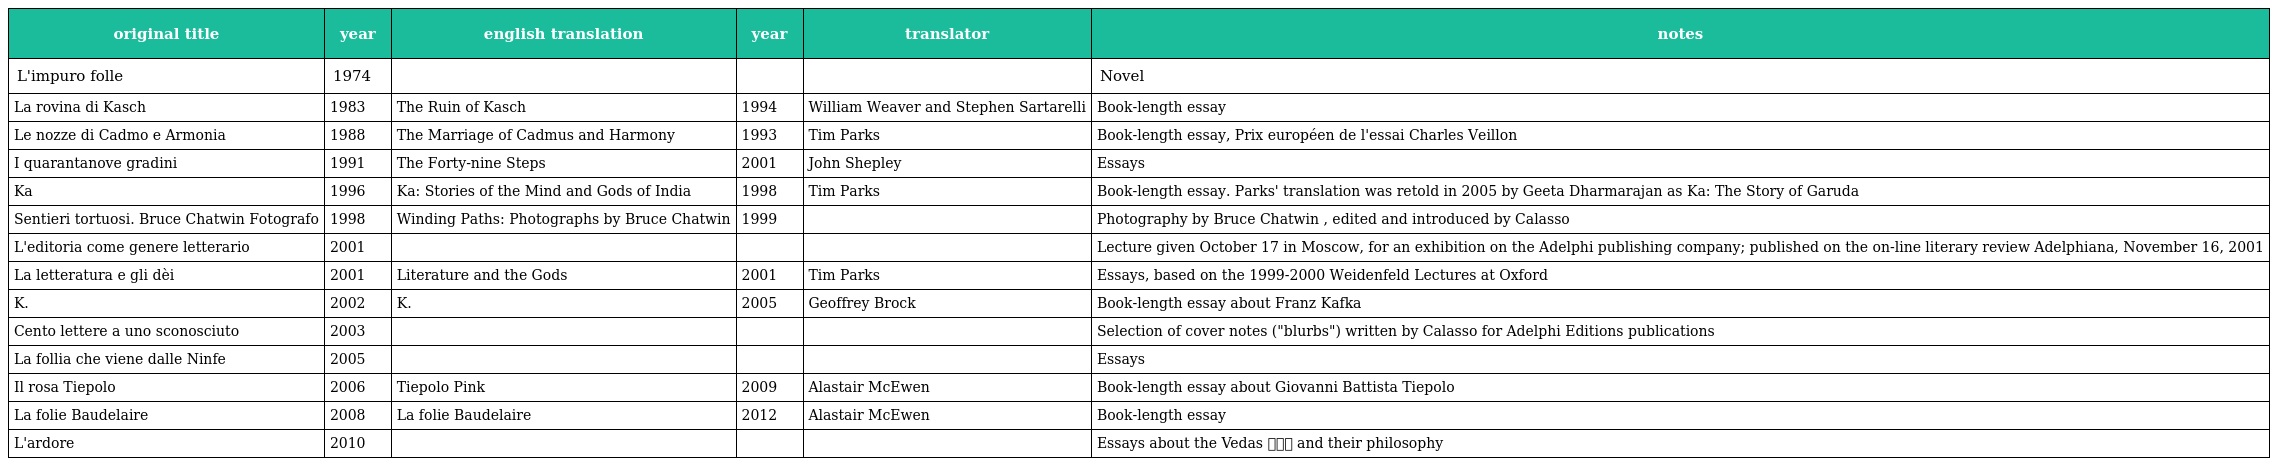
| original title | year | english translation | year | translator | notes |
 | --- | --- | --- | --- | --- | --- |
 | L'impuro folle | 1974 |  |  |  | Novel |
 | La rovina di Kasch | 1983 | The Ruin of Kasch | 1994 | William Weaver and Stephen Sartarelli | Book-length essay |
 | Le nozze di Cadmo e Armonia | 1988 | The Marriage of Cadmus and Harmony | 1993 | Tim Parks | Book-length essay, Prix européen de l'essai Charles Veillon |
 | I quarantanove gradini | 1991 | The Forty-nine Steps | 2001 | John Shepley | Essays |
 | Ka | 1996 | Ka: Stories of the Mind and Gods of India | 1998 | Tim Parks | Book-length essay. Parks' translation was retold in 2005 by Geeta Dharmarajan as Ka: The Story of Garuda |
 | Sentieri tortuosi. Bruce Chatwin Fotografo | 1998 | Winding Paths: Photographs by Bruce Chatwin | 1999 |  | Photography by Bruce Chatwin , edited and introduced by Calasso |
 | L'editoria come genere letterario | 2001 |  |  |  | Lecture given October 17 in Moscow, for an exhibition on the Adelphi publishing company; published on the on-line literary review Adelphiana, November 16, 2001 |
 | La letteratura e gli dèi | 2001 | Literature and the Gods | 2001 | Tim Parks | Essays, based on the 1999-2000 Weidenfeld Lectures at Oxford |
 | K. | 2002 | K. | 2005 | Geoffrey Brock | Book-length essay about Franz Kafka |
 | Cento lettere a uno sconosciuto | 2003 |  |  |  | Selection of cover notes ("blurbs") written by Calasso for Adelphi Editions publications |
 | La follia che viene dalle Ninfe | 2005 |  |  |  | Essays |
 | Il rosa Tiepolo | 2006 | Tiepolo Pink | 2009 | Alastair McEwen | Book-length essay about Giovanni Battista Tiepolo |
 | La folie Baudelaire | 2008 | La folie Baudelaire | 2012 | Alastair McEwen | Book-length essay |
 | L'ardore | 2010 |  |  |  | Essays about the Vedas वेद and their philosophy |